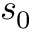
s _ { 0 }